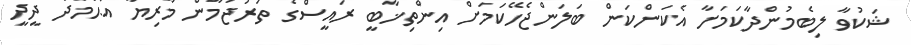
ޝަކުވާ ލިބެމުންދާކަމަށާ އެކަންކަން ބަލަންޖެހޭކަމަށް އިންތިޚާބީ ރައީސްގެ ތަރުޖަމާން މާރިޔާ އަޙްމަދު ދީދީ